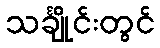
သင်္ချိုင်းတွင်